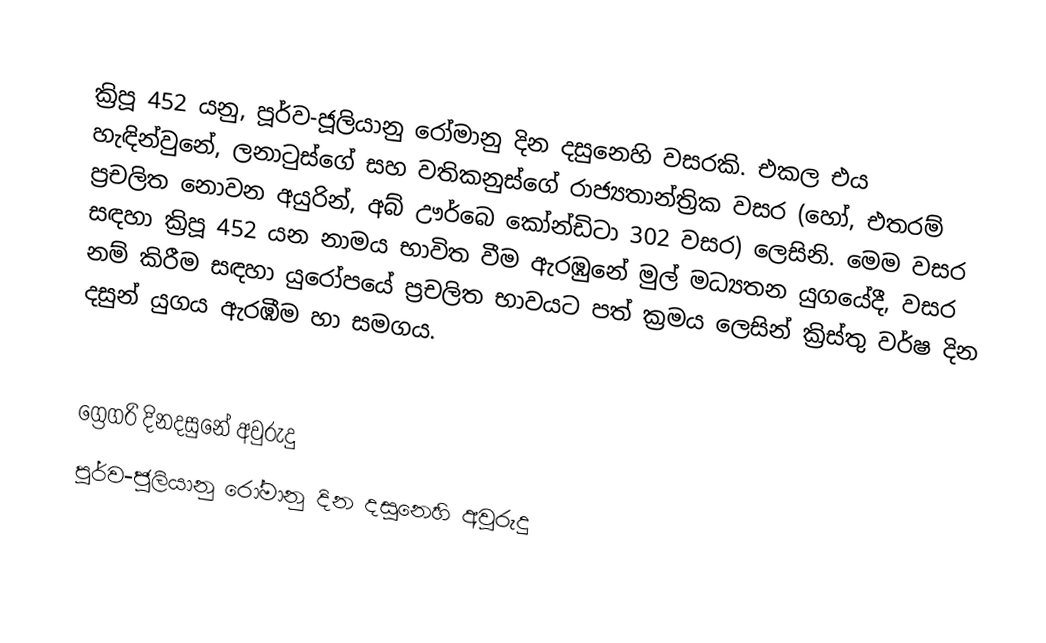

ක්‍රිපූ 452 යනු, පූර්ව-ජූලියානු රෝමානු දින දසුනෙහි වසරකි. එකල එය හැඳින්වුනේ, ලනාටුස්ගේ සහ වතිකනුස්ගේ රාජ්‍යතාන්ත්‍රික වසර (හෝ, එතරම් ප්‍රචලිත නොවන අයුරින්, අබ් ඌර්බෙ කෝන්ඩිටා 302 වසර) ලෙසිනි. මෙම වසර සඳහා ක්‍රිපූ 452 යන නාමය භාවිත වීම ඇරඹුනේ මුල්  මධ්‍යතන යුගයේදී, වසර නම් කිරීම සඳහා යුරෝපයේ ප්‍රචලිත භාවයට පත් ක්‍රමය ලෙසින් ක්‍රිස්තු වර්ෂ දින දසුන් යුගය ඇරඹීම හා සමගය.

ග්‍රෙගරි දිනදසුනේ අවුරුදු
පූර්ව-ජූලියානු රෝමානු දින දසුනෙහි අවුරුදු